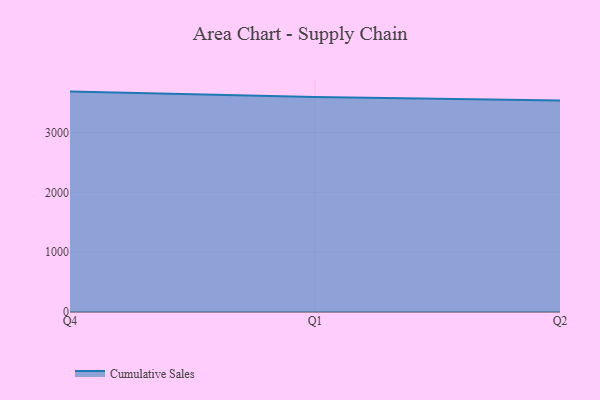
{"axis": {"x": "Quarter", "y": "Inventory Turnover"}, "legend": ["Cumulative Sales"], "data": [{"x": "Q4", "y": 3682.7, "type": "Cumulative Sales"}, {"x": "Q1", "y": 3592.6, "type": "Cumulative Sales"}, {"x": "Q2", "y": 3532.1, "type": "Cumulative Sales"}]}